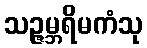
သဉ္ဇမ္ဘရိမကံသု